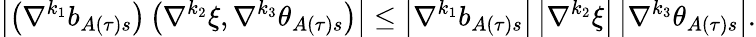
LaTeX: \left\vert\left(\nabla^{k_{1}}b_{A\left(\tau\right)s}\right)\left(\nabla^{k_{2}}\xi,\nabla^{k_{3}}\theta_{A\left(\tau\right)s}\right)\right\vert\leq\left\vert\nabla^{k_{1}}b_{A\left(\tau\right)s}\right\vert\left\vert\nabla^{k_{2}}\xi\right\vert\left\vert\nabla^{k_{3}}\theta_{A\left(\tau\right)s}\right\vert.